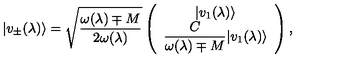
| v _ { \pm } ( \lambda ) \rangle = \sqrt { \frac { \omega ( \lambda ) \mp M } { 2 \omega ( \lambda ) } } \left( \begin{array} { c } { | v _ { 1 } ( \lambda ) \rangle } \\ { \displaystyle { \frac { C } { \omega ( \lambda ) \mp M } } | v _ { 1 } ( \lambda ) \rangle } \\ \end{array} \right) ,